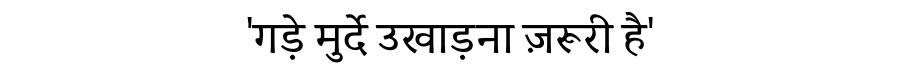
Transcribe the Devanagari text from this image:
'गड़े मुर्दे उखाड़ना ज़रूरी है'